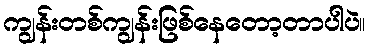
ကျွန်းတစ်ကျွန်းဖြစ်နေတော့တာပါပဲ။